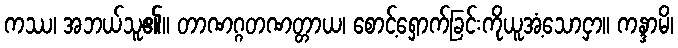
ကဿ၊ အဘယ်သူ၏။ တာဏဂ္ဂတဏတ္တာယ၊ စောင့်ရှောက်ခြင်းကိုယူအံ့သောငှာ။ ကန္ဒာမိ၊